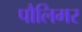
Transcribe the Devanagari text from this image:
पौलिमर